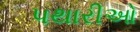
પથારીઓ